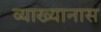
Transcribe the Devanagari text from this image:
व्याख्यानास